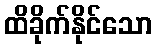
ထိခိုက်နိုင်သော